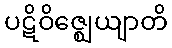
ပဋိဝိဇ္ဈေယျာတိ